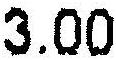
3.00